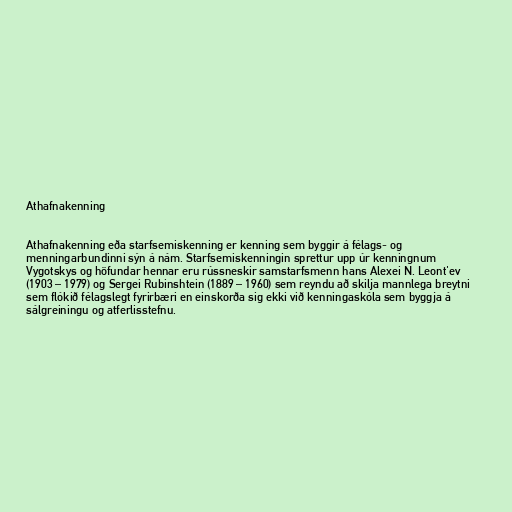
Athafnakenning

Athafnakenning eða starfsemiskenning er kenning sem byggir á félags- og
menningarbundinni sýn á nám. Starfsemiskenningin sprettur upp úr kenningnum
Vygotskys og höfundar hennar eru rússneskir samstarfsmenn hans Alexei N. Leont'ev
(1903 – 1979) og Sergei Rubinshtein (1889 – 1960) sem reyndu að skilja mannlega breytni
sem flókið félagslegt fyrirbæri en einskorða sig ekki við kenningaskóla sem byggja á
sálgreiningu og atferlisstefnu.